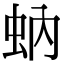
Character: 蚋